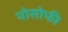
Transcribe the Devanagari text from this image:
योसोफी